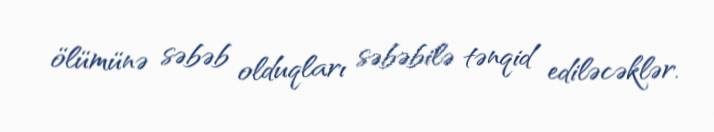
ölümünə səbəb olduqları səbəbilə tənqid ediləcəklər.